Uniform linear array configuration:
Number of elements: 32
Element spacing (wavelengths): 1
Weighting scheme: blackman
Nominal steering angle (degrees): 45
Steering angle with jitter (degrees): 46.677
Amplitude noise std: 0.05
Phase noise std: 0.05

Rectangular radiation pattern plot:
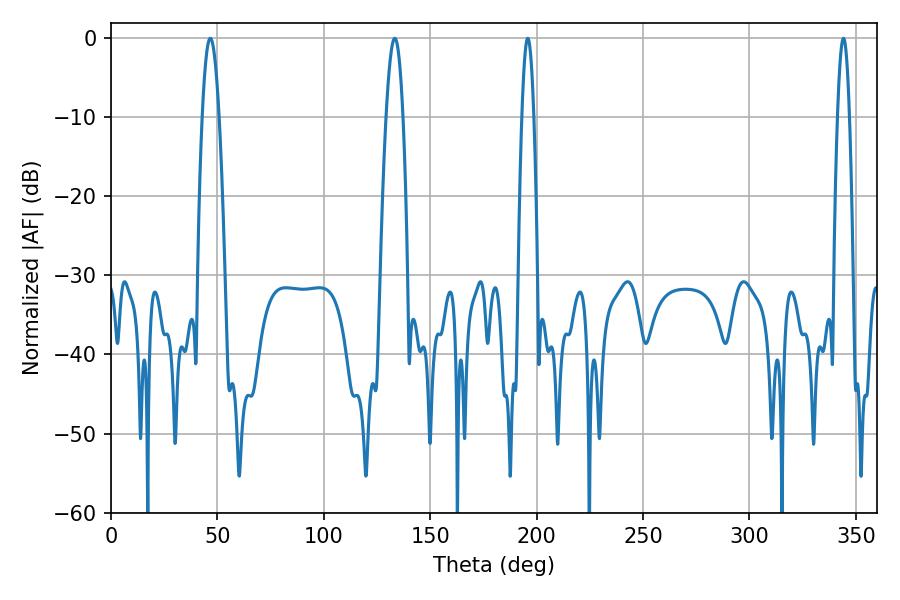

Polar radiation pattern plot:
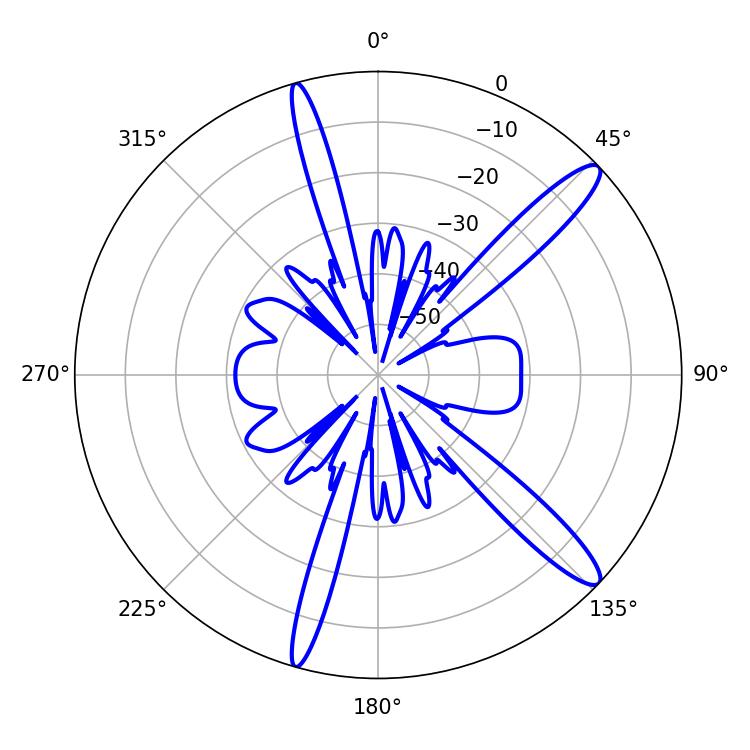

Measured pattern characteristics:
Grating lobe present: TRUE
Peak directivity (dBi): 13.583
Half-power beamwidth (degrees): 2.88
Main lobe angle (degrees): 195.84